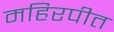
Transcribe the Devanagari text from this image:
महिरपीत